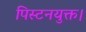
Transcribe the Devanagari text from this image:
पिस्टनयुक्त।